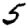
Digit: 5